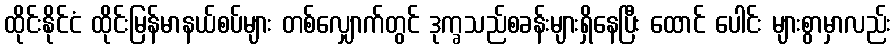
ထိုင်းနိုင်ငံ ထိုင်းမြန်မာနယ်စပ်များ တစ်လျှောက်တွင် ဒုက္ခသည်စခန်းများရှိနေပြီး ထောင် ပေါင်း များစွာမှာလည်း